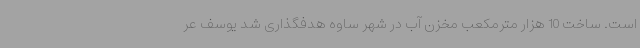
است. ساخت 10 هزار مترمکعب مخزن آب در شهر ساوه هدفگذاری شد یوسف عر